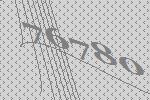
76780